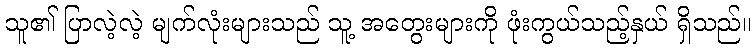
သူ၏ ပြာလဲ့လဲ့ မျက်လုံးများသည် သူ့ အတွေးများကို ဖုံးကွယ်သည့်နှယ် ရှိသည်။